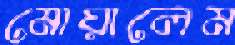
মোয়ালেম